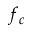
f _ { c }